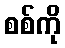
စစ်ကို